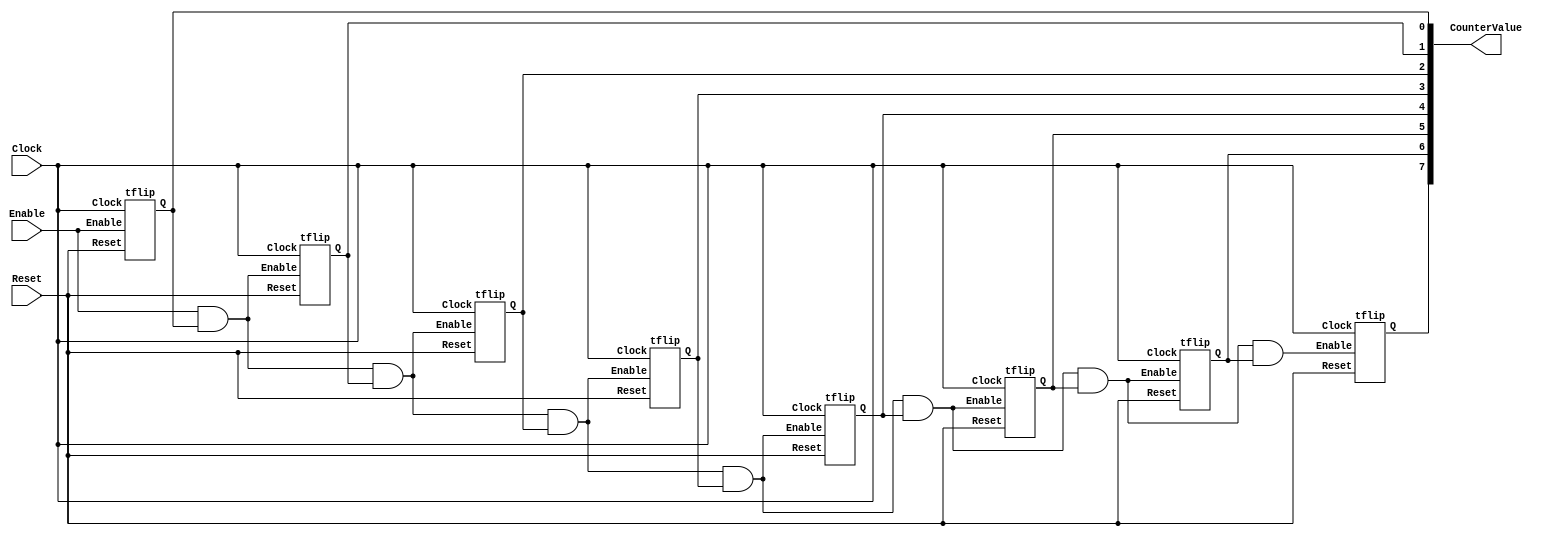
module part1(input Clock, input Enable, input Reset, output [7:0] CounterValue);

    wire [7:0] T;
    assign T[0] = Enable & CounterValue[0];
    assign T[1] = T[0] & CounterValue[1];
    assign T[2] = T[1] & CounterValue[2];
    assign T[3] = T[2] & CounterValue[3];
    assign T[4] = T[3] & CounterValue[4];
    assign T[5] = T[4] & CounterValue[5];
    assign T[6] = T[5] & CounterValue[6];
    



    tflip u0(.Enable(Enable), .Clock(Clock), .Reset(Reset), .Q(CounterValue[0]));
    tflip u1(.Enable(T[0]), .Clock(Clock), .Reset(Reset), .Q(CounterValue[1]));
    tflip u2(.Enable(T[1]), .Clock(Clock), .Reset(Reset), .Q(CounterValue[2]));
    tflip u3(.Enable(T[2]), .Clock(Clock), .Reset(Reset), .Q(CounterValue[3]));
    tflip u4(.Enable(T[3]), .Clock(Clock), .Reset(Reset), .Q(CounterValue[4]));
    tflip u5(.Enable(T[4]), .Clock(Clock), .Reset(Reset), .Q(CounterValue[5]));
    tflip u6(.Enable(T[5]), .Clock(Clock), .Reset(Reset), .Q(CounterValue[6]));
    tflip u7(.Enable(T[6]), .Clock(Clock), .Reset(Reset), .Q(CounterValue[7]));
endmodule 

module tflip(Clock, Reset, Enable, Q);
    input Clock, Reset, Enable;
    output reg Q;

    always @ (posedge Clock)
    begin
        if (Reset)
            Q <= 0;
        else if (Enable)
            Q <= ~Q;
        else
            Q <= Q;
    end
endmodule